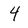
Character: 4